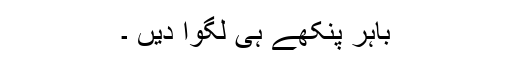
باہر پنکھے ہی لگوا دیں ۔